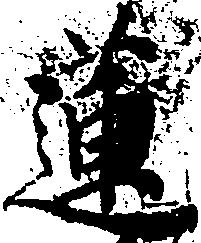
蓮